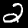
Label: 2